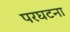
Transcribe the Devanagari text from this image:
परघटना